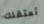
أعتقلك